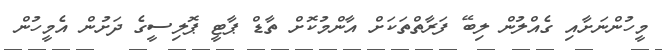
މީހުންނަށާއި ގެއްލުން ލިބޭ ފަރާތްތަކަށް އާންމުކޮށް ތާޑް ޕާޓީ ޕޮލިސީގެ ދަށުން އެމީހުން